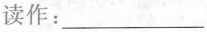
读作：___